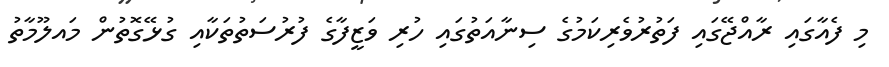
މި ފެއާގައި ރާއްޖޭގައި ފަތުރުވެރިކަމުގެ ސިނާއަތުގައި ހުރި ވަޒީފާގެ ފުރުސަތުތަކާއި ގުޅޭގޮތުން މައލޫމާތު